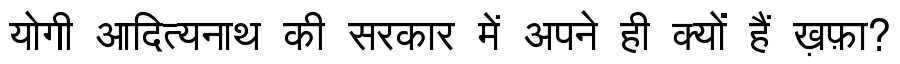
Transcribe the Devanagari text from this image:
योगी आदित्यनाथ की सरकार में अपने ही क्यों हैं ख़फ़ा?